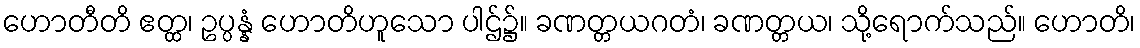
ဟောတီတိ ဧတ္ထ၊ ဥပ္ပန္နံ ဟောတိဟူသော ပါဌ်၌။ ခဏတ္တယဂတံ၊ ခဏတ္တယ၊ သို့ရောက်သည်။ ဟောတိ၊